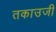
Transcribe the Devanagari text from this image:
तकाउजी